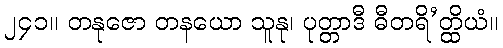
၂၄၁။ တနုဇော တနယော သူနု၊ ပုတ္တာဒီ ဓီတရိ’တ္ထိယံ။